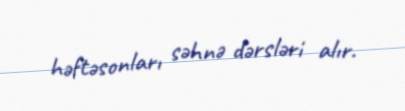
həftəsonları səhnə dərsləri alır.